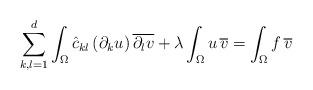
LaTeX: \begin{align*}\sum_{k,l=1}^d \int_\Omega \hat c_{kl} \, (\partial_k u) \, \overline{\partial_l v} + \lambda \int_\Omega u \, \overline v= \int_\Omega f \, \overline v\end{align*}